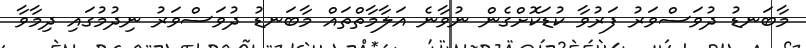
މާބަނޑު ދުވަސްވަރު ފަރުވާ ކުޑަކޮށްގެން ނުވާނެ އަލާމާތްތައް މާބަނޑު ދުވަސްވަރު ނިދުމުގައި ދިމާވާ